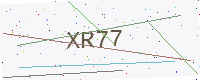
Text: XR77